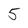
Character: 5